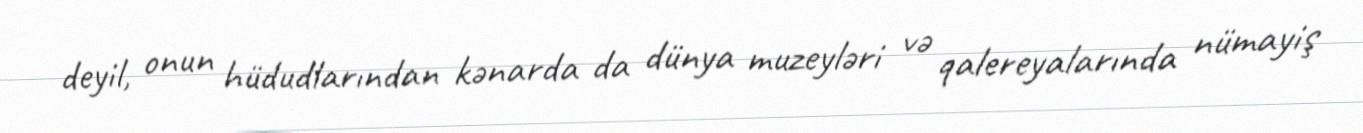
deyil, onun hüdudlarından kənarda da dünya muzeyləri və qalereyalarında nümayiş